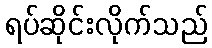
ရပ်ဆိုင်းလိုက်သည်